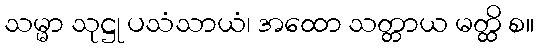
သမ္မာ သုဋ္ဌု ပသံသာယံ၊ အထော သတ္တာယ မတ္ထိ စ။